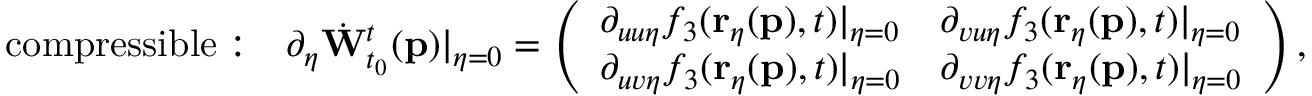
\mathrm { c o m p r e s s i b l e : \quad } \partial _ { \eta } \dot { \mathbf { W } } _ { t _ { 0 } } ^ { t } ( \mathbf { p } ) \vert _ { \eta = 0 } = \left( \begin{array} { l l } { \partial _ { u u \eta } f _ { 3 } ( \mathbf { r } _ { \eta } ( \mathbf { p } ) , t ) \vert _ { \eta = 0 } } & { \partial _ { v u \eta } f _ { 3 } ( \mathbf { r } _ { \eta } ( \mathbf { p } ) , t ) \vert _ { \eta = 0 } } \\ { \partial _ { u v \eta } f _ { 3 } ( \mathbf { r } _ { \eta } ( \mathbf { p } ) , t ) \vert _ { \eta = 0 } } & { \partial _ { v v \eta } f _ { 3 } ( \mathbf { r } _ { \eta } ( \mathbf { p } ) , t ) \vert _ { \eta = 0 } } \end{array} \right) ,